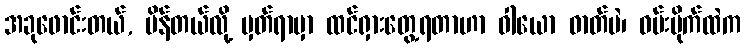
အခုဖောင်းတယ်, ပိန်တယ်လို့ မှတ်ရာမှာ ထင်ရှားတွေ့ရတာဟာ ဝါယော ဓာတ်ပဲ၊ ဝမ်းဗိုက်ထဲက